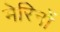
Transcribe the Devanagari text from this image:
मेरिनों